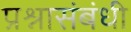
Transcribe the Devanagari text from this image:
प्रश्नासंबंधी